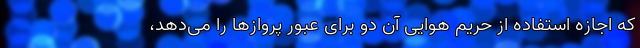
که اجازه استفاده از حریم هوایی آن دو برای عبور پروازها را می‌دهد،